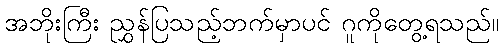
အဘိုးကြီး ညွှန်ပြသည့်ဘက်မှာပင် ဂူကိုတွေ့ရသည်။